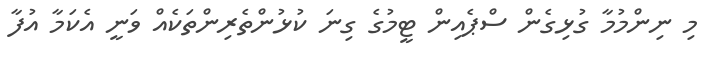
މި ނިންމުމާ ގުޅިގެން ސްޕެއިން ޓީމުގެ ގިނަ ކުޅުންތެރިންތަކެއް ވަނީ އެކަމާ އުފާ